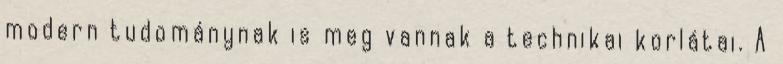
modern tudománynak is meg vannak a technikai korlátai. A